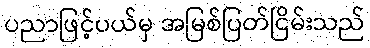
ပညာဖြင့်ပယ်မှ အမြစ်ပြတ်ငြိမ်းသည်